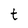
Character: t